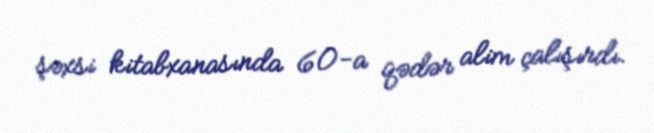
şəxsi kitabxanasında 60-a qədər alim çalışırdı.